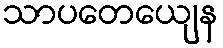
သာပတေယျေန